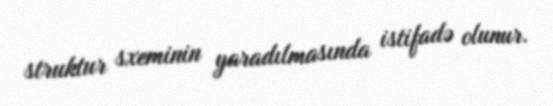
struktur sxeminin yaradılmasında istifadə olunur.